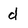
Character: d